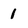
Character: I